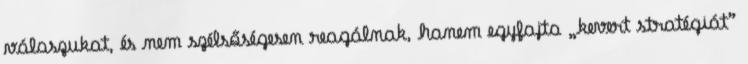
válaszukat, és nem szélsőségesen reagálnak, hanem egyfajta „kevert stratégiát”